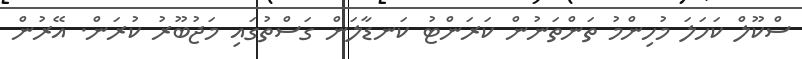
ސްކޫލް ކަހަލަ މުހިންމު ތަންތަނުން ކަރަންޓު ކަނޑާލަން ގަސްތުގައި މަޖުބޫރު ކުރަން. އޭރުން